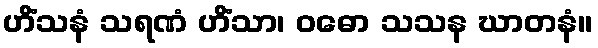
ဟိံသနံ သရဏံ ဟိံသာ၊ ဝဓော သသန ဃာတနံ။